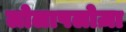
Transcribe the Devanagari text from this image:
लोलापलोज़ा